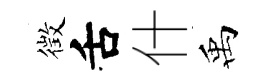
徴舌什禹